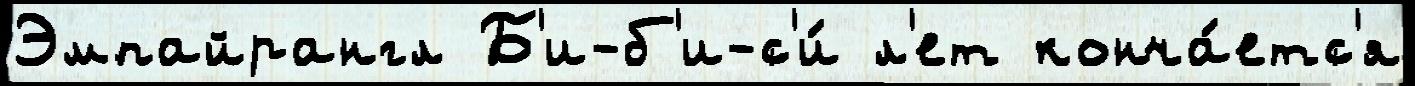
Эмпайрангл Б'и-б'и-с'и́ л'ет конча́етс'я